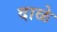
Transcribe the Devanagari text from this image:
दाळे